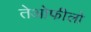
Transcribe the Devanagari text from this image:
तेओफीलो